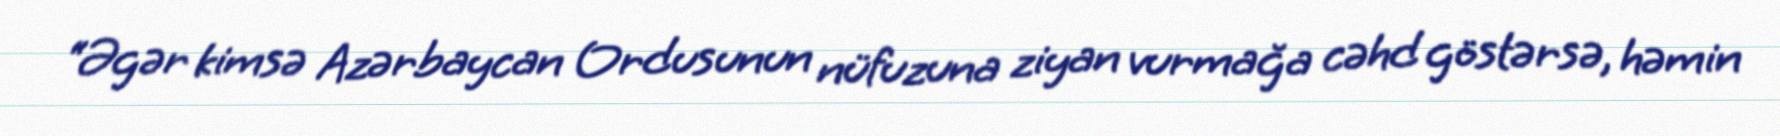
“Əgər kimsə Azərbaycan Ordusunun nüfuzuna ziyan vurmağa cəhd göstərsə, həmin